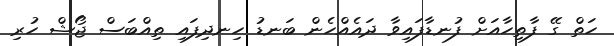
ހަތް ގޭ ފާތިހާއަށް ފުނޑާފައިވާ ދައެއްހެން ބަނޑު ހިނދިފައި ތިއްބަސް ޖޯޝް ހުރި